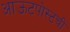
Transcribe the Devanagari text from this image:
आऊटपोस्टची